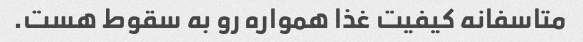
متاسفانه کیفیت غذا همواره رو به سقوط هست.